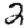
Digit: 2